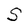
Character: S